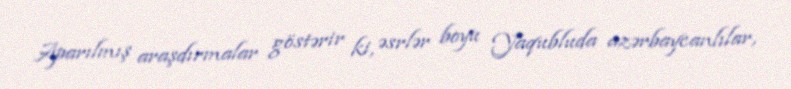
Aparılmış araşdırmalar göstərir ki, əsrlər boyu Yaqubluda azərbaycanlılar,